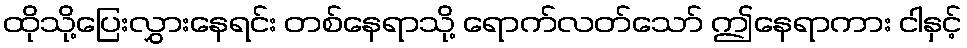
ထိုသို့ပြေးလွှားနေရင်း တစ်နေရာသို့ ရောက်လတ်သော် ဤနေရာကား ငါနှင့်